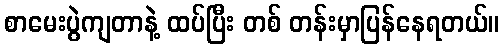
စာမေးပွဲကျတာနဲ့ ထပ်ပြီး တစ် တန်းမှာပြန်နေရတယ်။